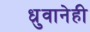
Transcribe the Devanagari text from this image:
ध्रुवानेही